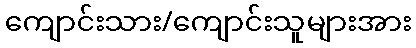
ကျောင်းသား/ကျောင်းသူများအား